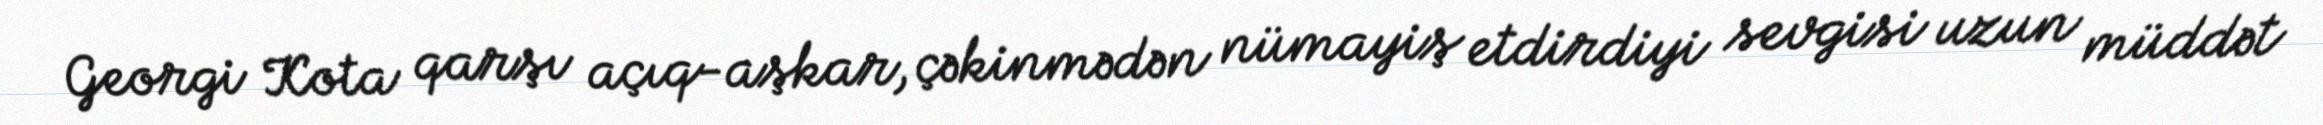
Georgi Kota qarşı açıq-aşkar, çəkinmədən nümayiş etdirdiyi sevgisi uzun müddət